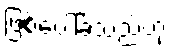
ဖြစ်ပေါ်ခဲ့သည်ဟု